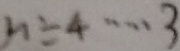
n \div 4 \cdots 3